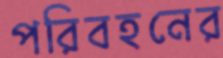
পরিবহনের